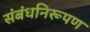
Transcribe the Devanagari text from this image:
संबंधनिरूपण